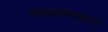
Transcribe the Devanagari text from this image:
गोपालरावांनी